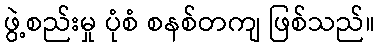
ဖွဲ့စည်းမှု ပုံစံ စနစ်တကျ ဖြစ်သည်။